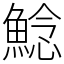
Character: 鯰